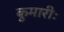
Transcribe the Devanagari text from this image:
कुमारीः